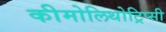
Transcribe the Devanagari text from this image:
कीमोलिथोट्रिप्सी